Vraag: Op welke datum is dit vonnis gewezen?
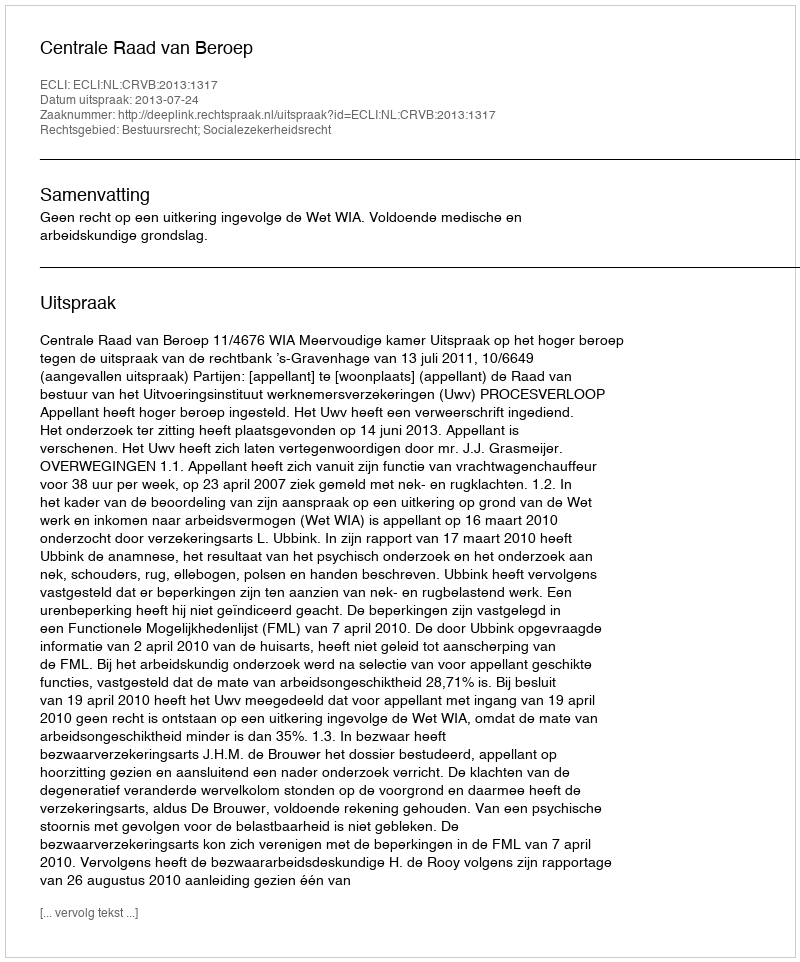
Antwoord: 2013-07-24